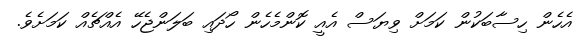
އެހެން ހިސާބަކުން ކަމަށް ވިޔަސް އެއީ ކޮންމެހެން ހޯދައި ބަލަންޖެހޭ އެއްޗެއް ކަމަށެވެ.